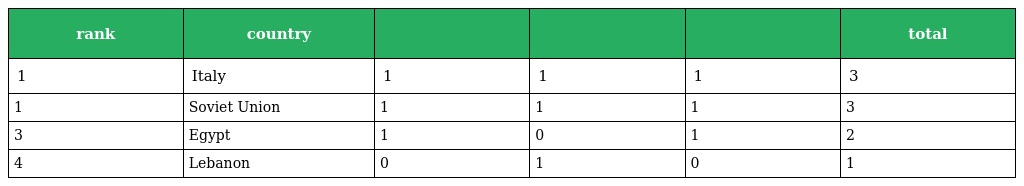
| rank | country |  |  |  | total |
 | --- | --- | --- | --- | --- | --- |
 | 1 | Italy | 1 | 1 | 1 | 3 |
 | 1 | Soviet Union | 1 | 1 | 1 | 3 |
 | 3 | Egypt | 1 | 0 | 1 | 2 |
 | 4 | Lebanon | 0 | 1 | 0 | 1 |